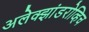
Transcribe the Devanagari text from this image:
अलेक्झांडरोव्हिच